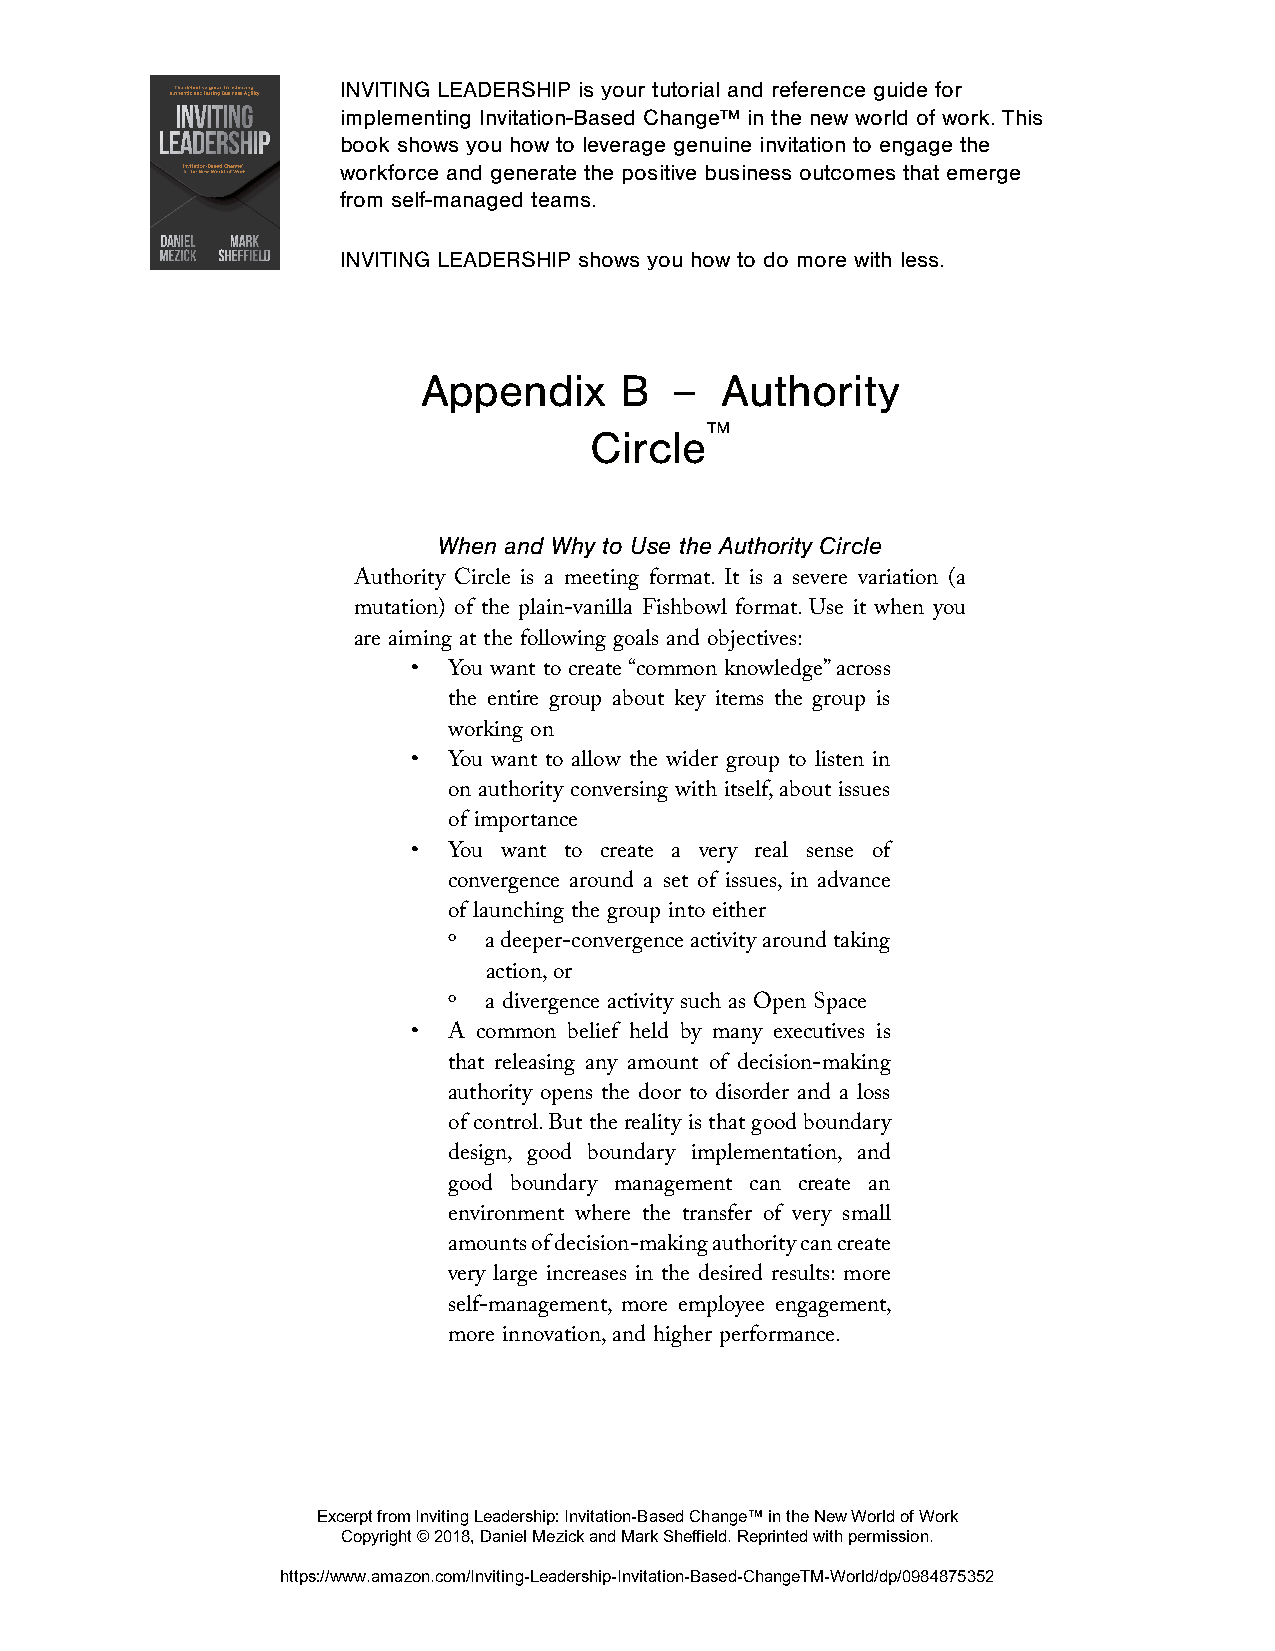
INVITING LEADERSHIP is your tutorial and reference guide for
 implementing Invitation-Based Change™ in the new world of work. This
 book shows you how to leverage genuine invitation to engage the
 workforce and generate the positive business outcomes that emerge
 from self-managed teams.
 INVITING LEADERSHIP shows you how to do more with less.
 Appendix     B   –  Authority
 ™
 Circle
 When and Why to Use the Authority Circle
 Authority Circle is a meeting format. It is a severe variation (a
 mutation) of the plain-vanilla Fishbowl format. Use it when you
 are aiming at the following goals and objectives:
 •  You want to create “common knowledge” across
 the entire group about key items the group is
 working on
 •  You want to allow the wider group to listen in
 on authority conversing with itself, about issues
 of importance
 •  You want to create a very real sense of
 convergence around a set of issues, in advance
 of launching the group into either
 º a deeper-convergence activity around taking
 action, or
 º a divergence activity such as Open Space
 •  A common belief held by many executives is
 that releasing any amount of decision-making
 authority opens the door to disorder and a loss
 of control. But the reality is that good boundary
 design, good boundary implementation, and
 good boundary management can create an
 environment where the transfer of very small
 amounts of decision-making authority can create
 very large increases in the desired results: more
 self-management, more employee engagement,
 more innovation, and higher performance.
 Excerpt from Inviting Leadership: Invitation-Based Change™ in the New World of Work
 Copyright © 2018, Daniel Mezick and Mark Sheffield. Reprinted with permission.
 https://www.amazon.com/Inviting-Leadership-Invitation-Based-ChangeTM-World/dp/0984875352